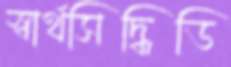
স্বার্থসিদ্ধিডি